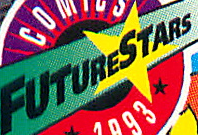
FUTURESTARS